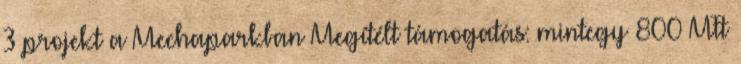
3 projekt a Mechaparkban Megítélt támogatás: mintegy 800 MFt